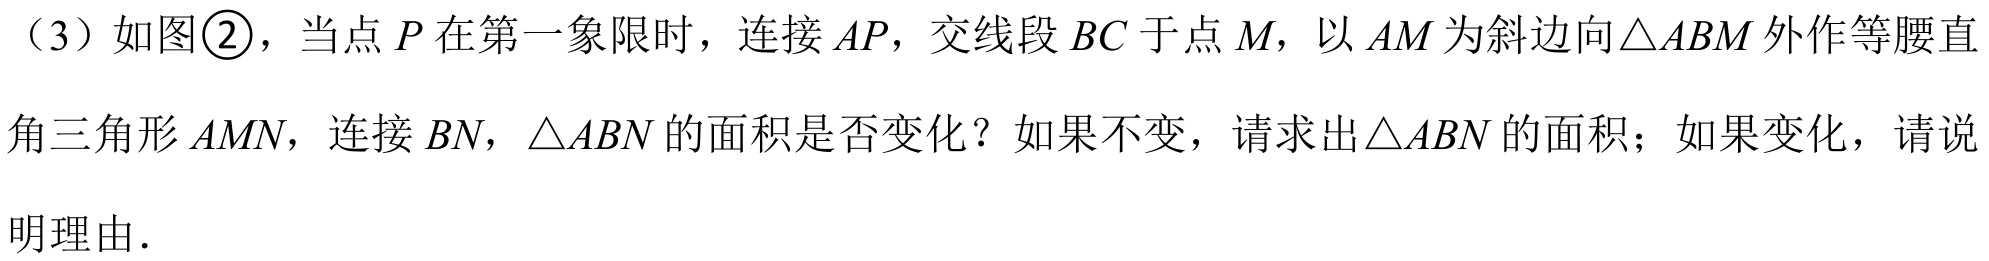
（3）如图\textcircled{2}，当点\(P\)在第一象限时，连接\(AP\)，交线段\(BC\)于点\(M\)，以\(AM\)为斜边向\(\triangle ABM\)外作等腰直角三角形\(AMN\)，连接\(BN\)，\(\triangle ABN\)的面积是否变化？如果不变，请求出\(\triangle ABN\)的面积；如果变化，请说明理由．